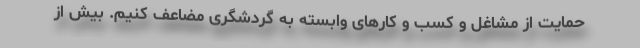
حمایت از مشاغل و کسب و کارهای وابسته به گردشگری مضاعف کنیم. بیش از